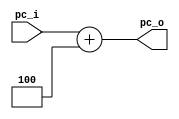
module PCAdder(
  input   [31:0]      pc_i,
  output reg [31:0]      pc_o
);
  always @(*) begin
    pc_o = pc_i + 4;
  end

endmodule